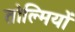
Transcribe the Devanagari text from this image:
तोल्मियों